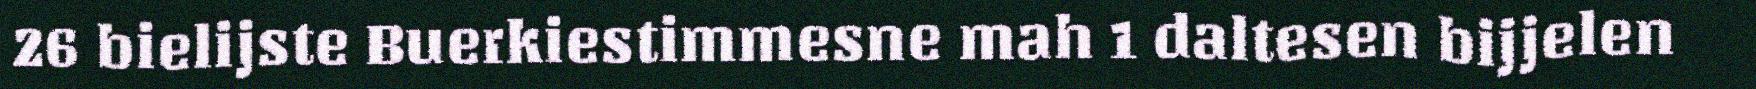
26 bielijste Buerkiestimmesne mah 1 daltesen bijjelen